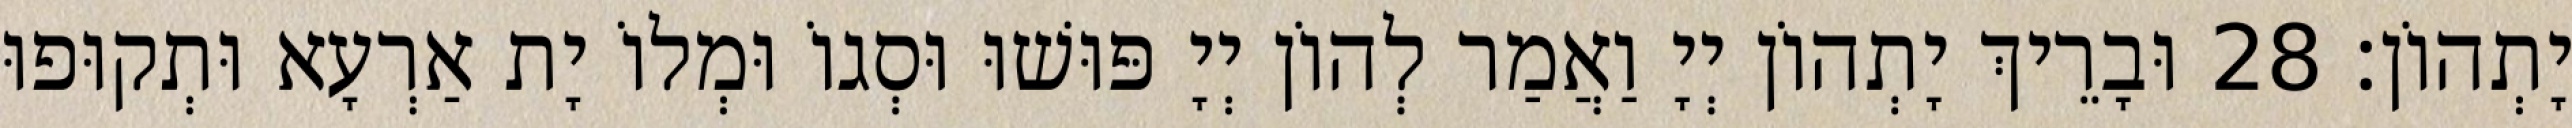
יָתְהוֹן׃ 28 וּבָרֵיךְ יָתְהוֹן יְיָ וַאֲמַר לְהוֹן יְיָ פּוּשׁוּ וּסְגוֹ וּמְלוֹ יָת אַרְעָא וּתְקוּפוּ